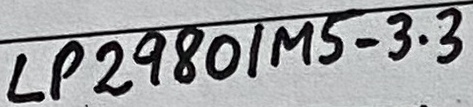
Text: LP2980/MS-3.3